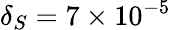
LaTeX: \delta_{S}=7\times 10^{-5}